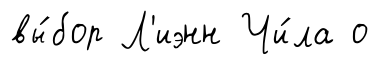
вы́бор Л'иэнн Чи́ла о